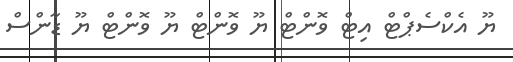
ޔޫ އެކްސެޕްޓް އިޓް ވޮންޓް ޔޫ ވޮންޓް ޔޫ ވޮންޓް ޔޫ ޑާންސް